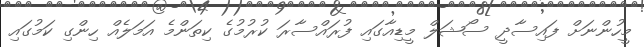
މީހުންނަށް ފައިސާދީ ސޯޝަލް މީޑިއާގައި ފުރައްސާރަ ކުރުމުގެ ކިތަންމެ އަމަލެއް ހިންގި ކަމުގައި